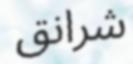
شرانق